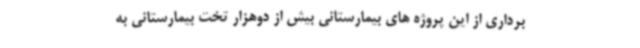
برداری از این پروژه های بیمارستانی بیش از دوهزار تخت بیمارستانی به